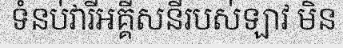
ទំនប់វារីអគ្គីសនីរបស់ឡាវ មិន